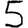
Digit: 5